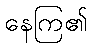
နေကြ၏